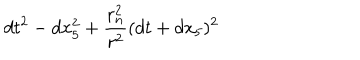
LaTeX: d t ^ { 2 } - d x _ { 5 } ^ { 2 } + { \frac { r _ { n } ^ { 2 } } { r ^ { 2 } } } ( d t + d x _ { 5 } ) ^ { 2 }